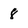
Character: 8